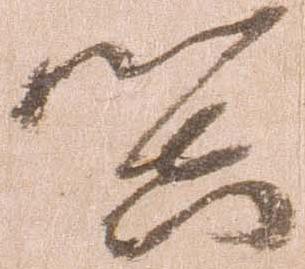
器